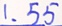
1 . 5 5